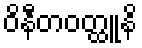
ဝိနီတဝတ္ထူနိ